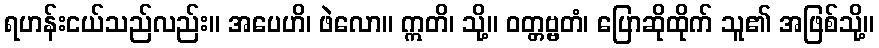
ရဟန်းငယ်သည်လည်း။ အပေဟိ၊ ဖဲလော။ ဣတိ၊ သို့။ ဝတ္တဗ္ဗတံ၊ ပြောဆိုထိုက် သူ၏ အဖြစ်သို့။